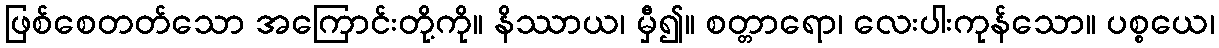
ဖြစ်စေတတ်သော အကြောင်းတို့ကို။ နိဿာယ၊ မှီ၍။ စတ္တာရော၊ လေးပါးကုန်သော။ ပစ္စယေ၊